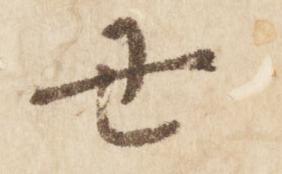
丑